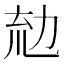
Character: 𠡤